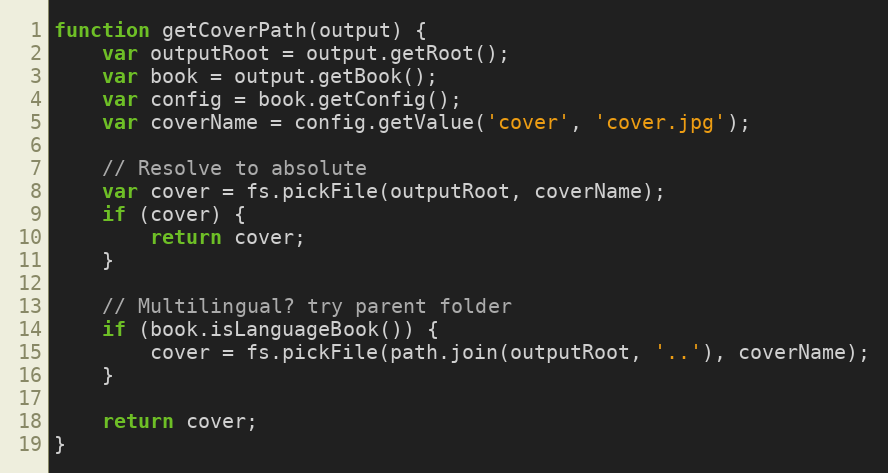
Language: JavaScript
function getCoverPath(output) {
    var outputRoot = output.getRoot();
    var book = output.getBook();
    var config = book.getConfig();
    var coverName = config.getValue('cover', 'cover.jpg');

    // Resolve to absolute
    var cover = fs.pickFile(outputRoot, coverName);
    if (cover) {
        return cover;
    }

    // Multilingual? try parent folder
    if (book.isLanguageBook()) {
        cover = fs.pickFile(path.join(outputRoot, '..'), coverName);
    }

    return cover;
}